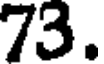
73.